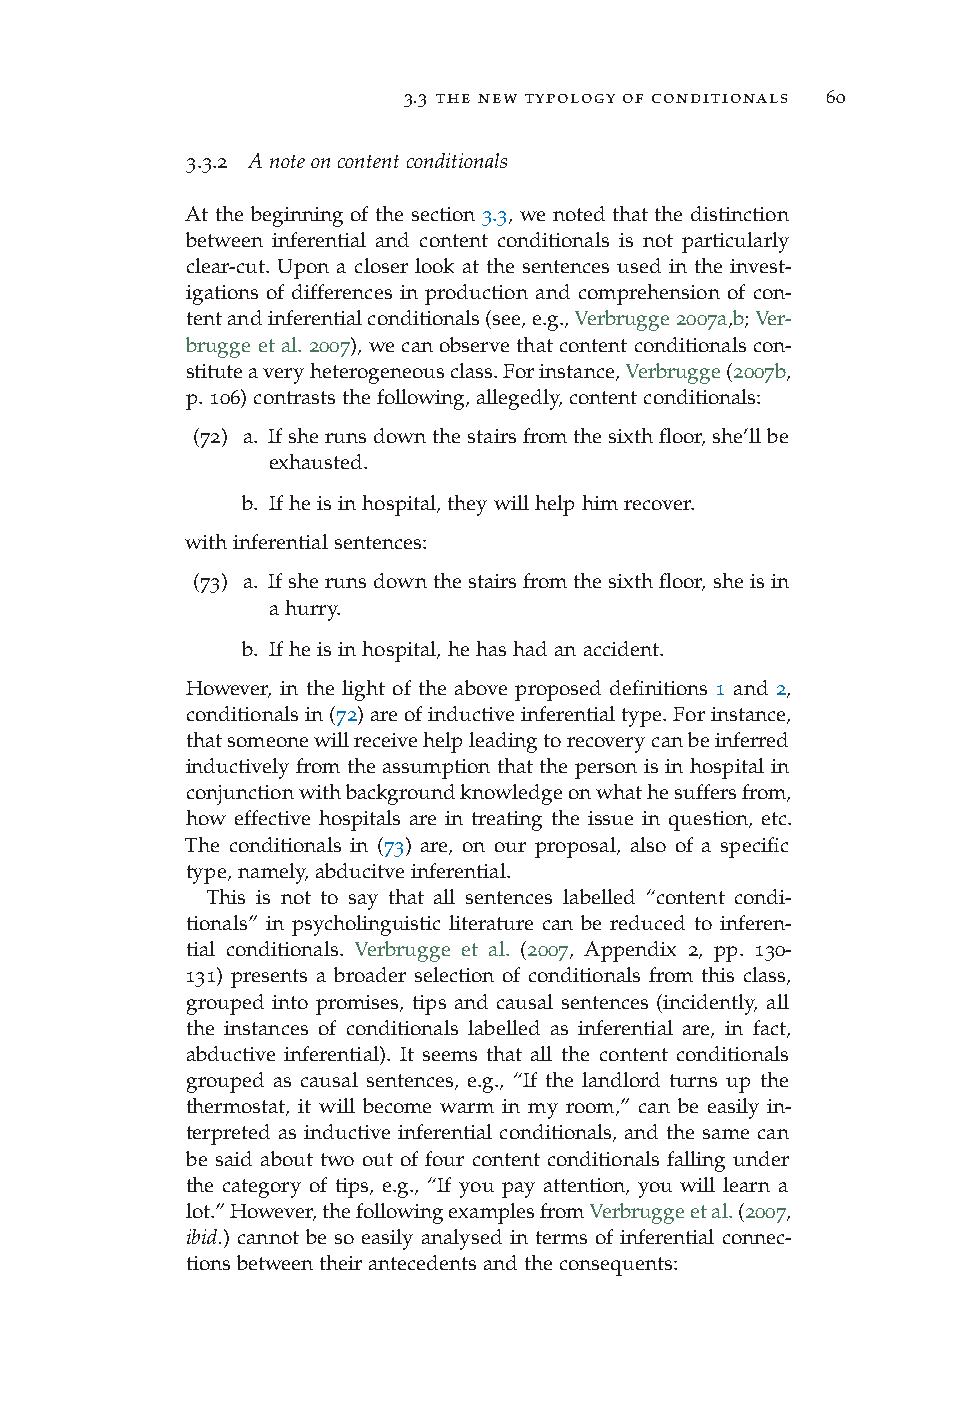
3.3 the new typology of conditionals 60
 3.3.2 Anoteoncontentconditionals
 At the beginning of the section 3.3, we noted that the distinction
 between inferential and content conditionals is not particularly
 clear-cut. Upon a closer look at the sentences used in the invest-
 igations of differences in production and comprehension of con-
 tentandinferentialconditionals(see,e.g.,Verbrugge2007a,b;Ver-
 brugge et al. 2007), we can observe that content conditionals con-
 stituteaveryheterogeneousclass.Forinstance,Verbrugge(2007b,
 p.106)contraststhefollowing,allegedly,contentconditionals:
 (72) a. Ifsherunsdownthestairsfromthesixthfloor,she’llbe
 exhausted.
 b. Ifheisinhospital,theywillhelphimrecover.
 withinferentialsentences:
 (73) a. Ifsherunsdownthestairsfromthesixthfloor,sheisin
 ahurry.
 b. Ifheisinhospital,hehashadanaccident.
 However, in the light of the above proposed definitions 1 and 2,
 conditionalsin(72)areofinductiveinferentialtype.Forinstance,
 thatsomeonewillreceivehelpleadingtorecoverycanbeinferred
 inductively from the assumption that the person is in hospital in
 conjunctionwithbackgroundknowledgeonwhathesuffersfrom,
 how effective hospitals are in treating the issue in question, etc.
 The conditionals in (73) are, on our proposal, also of a specific
 type,namely,abducitveinferential.
 This is not to say that all sentences labelled “content condi-
 tionals” in psycholinguistic literature can be reduced to inferen-
 tial conditionals. Verbrugge et al. (2007, Appendix 2, pp. 130-
 131) presents a broader selection of conditionals from this class,
 grouped into promises, tips and causal sentences (incidently, all
 the instances of conditionals labelled as inferential are, in fact,
 abductive inferential). It seems that all the content conditionals
 grouped as causal sentences, e.g., “If the landlord turns up the
 thermostat, it will become warm in my room,” can be easily in-
 terpreted as inductive inferential conditionals, and the same can
 be said about two out of four content conditionals falling under
 the category of tips, e.g., “If you pay attention, you will learn a
 lot.”However,thefollowingexamplesfromVerbruggeetal.(2007,
 ibid.) cannot be so easily analysed in terms of inferential connec-
 tionsbetweentheirantecedentsandtheconsequents: